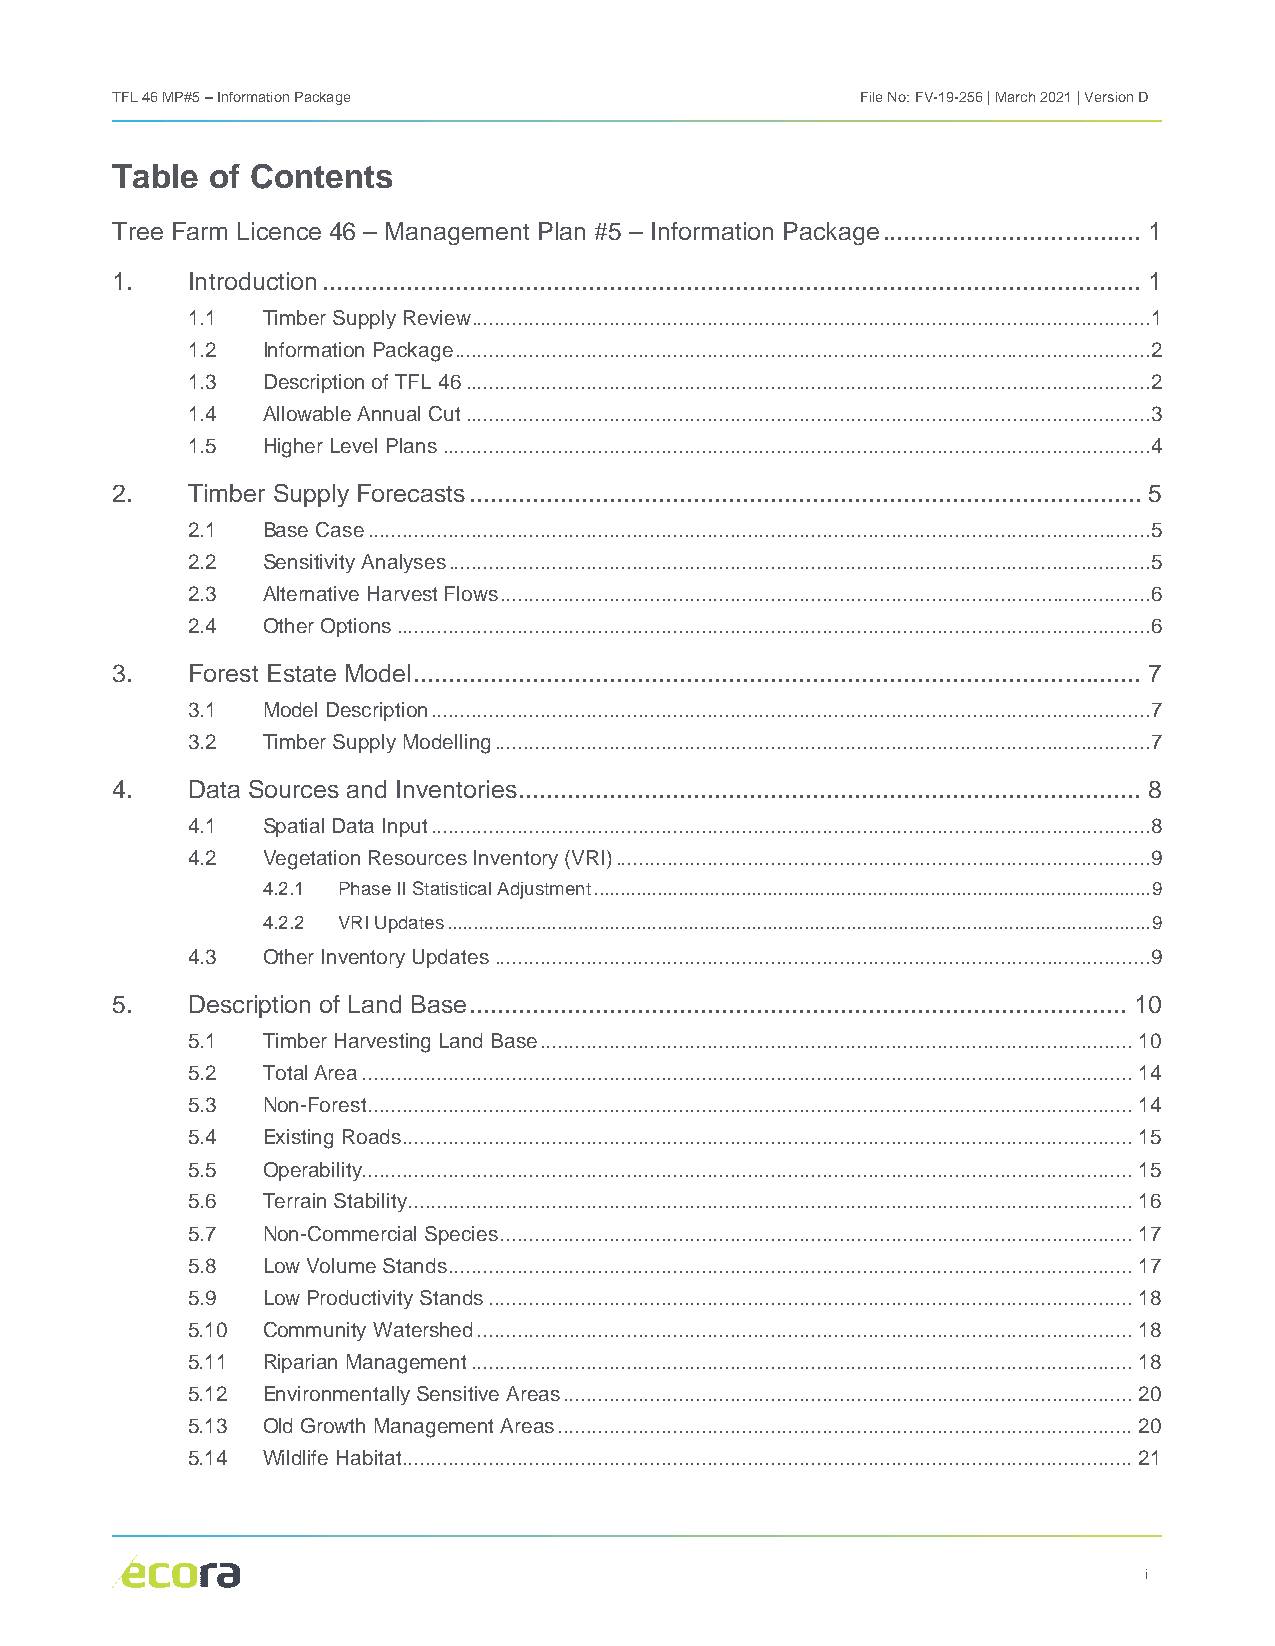
TFL 46 MP#5 – Information Package                 File No: FV-19-256 | March 2021 | Version D
 Table  of Contents
 Tree Farm Licence 46 – Management Plan #5 – Information Package ..................................... 1
 1.   Introduction ..................................................................................................................... 1
 1.1  Timber Supply Review ......................................................................................................................1
 1.2  Information Package .........................................................................................................................2
 1.3  Description of TFL 46 .......................................................................................................................2
 1.4  Allowable Annual Cut .......................................................................................................................3
 1.5  Higher Level Plans ...........................................................................................................................4
 2.   Timber Supply Forecasts ................................................................................................ 5
 2.1  Base Case ........................................................................................................................................5
 2.2  Sensitivity Analyses ..........................................................................................................................5
 2.3  Alternative Harvest Flows .................................................................................................................6
 2.4  Other Options ...................................................................................................................................6
 3.   Forest Estate Model ........................................................................................................ 7
 3.1  Model Description .............................................................................................................................7
 3.2  Timber Supply Modelling ..................................................................................................................7
 4.   Data Sources and Inventories ......................................................................................... 8
 4.1  Spatial Data Input .............................................................................................................................8
 4.2  Vegetation Resources Inventory (VRI) .............................................................................................9
 4.2.1 Phase II Statistical Adjustment .......................................................................................................... 9
 4.2.2 VRI Updates ...................................................................................................................................... 9
 4.3  Other Inventory Updates ..................................................................................................................9
 5.   Description of Land Base .............................................................................................. 10
 5.1  Timber Harvesting Land Base ....................................................................................................... 10
 5.2  Total Area ...................................................................................................................................... 14
 5.3  Non-Forest ..................................................................................................................................... 14
 5.4  Existing Roads ............................................................................................................................... 15
 5.5  Operability ...................................................................................................................................... 15
 5.6  Terrain Stability .............................................................................................................................. 16
 5.7  Non-Commercial Species .............................................................................................................. 17
 5.8  Low Volume Stands ....................................................................................................................... 17
 5.9  Low Productivity Stands ................................................................................................................ 18
 5.10 Community Watershed .................................................................................................................. 18
 5.11 Riparian Management ................................................................................................................... 18
 5.12 Environmentally Sensitive Areas ................................................................................................... 20
 5.13 Old Growth Management Areas .................................................................................................... 20
 5.14 Wildlife Habitat ............................................................................................................................... 21
 i